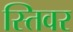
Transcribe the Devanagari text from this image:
स्तिवर